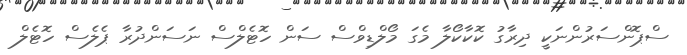
ސްޕޮންސަރުންނަކީ ދިރާގު ކޮކާކޯލާ މެގަ މޯލްޑިވްސް ސަން ހޮޓެލްސް ނަސަންދުރާ ޕެލެސް ހޮޓެލް